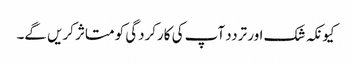
کیونکہ شک اور تردد آپ کی کارکردگی کو متاثر کریں گے۔